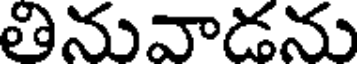
తినువాడను